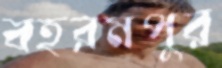
বহরমপুর